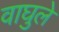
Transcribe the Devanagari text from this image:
वाघुले